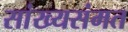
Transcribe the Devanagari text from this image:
सांख्यसंमत